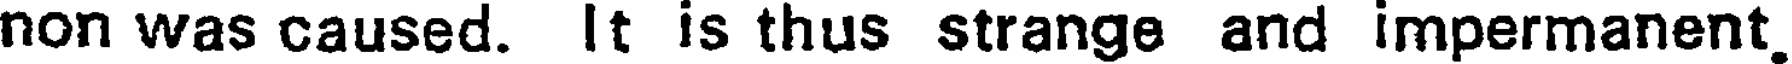
non was caused. It is thus strange and impermanent.